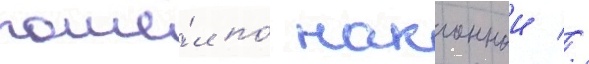
пошё́л по́ наклоннои //